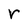
Character: r